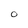
Character: O